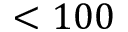
< 1 0 0